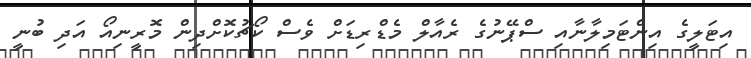
އިޓަލީގެ އިންޓަމިލާނާއި ސްޕޭނުގެ ރެއާލް މެޑްރިޑަށް ވެސް ކޯޗުކޮށްދިން މޮރީނިއޯ އަދި ބުނީ